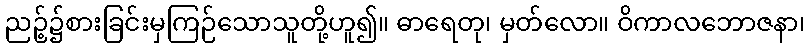
ညဉ့်၌စားခြင်းမှကြဉ်သောသူတို့ဟူ၍။ ဓာရေတု၊ မှတ်လော။ ဝိကာလဘောဇနာ၊